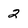
Character: 2